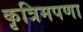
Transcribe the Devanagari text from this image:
कृत्रिमपणा